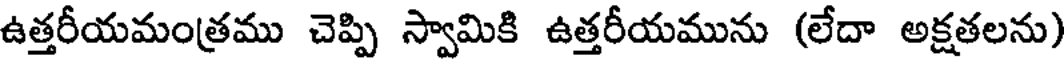
ఉత్తరీయమంత్రము చెప్పి స్వామికి ఉత్తరీయమును (లేదా అక్షతలను)